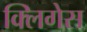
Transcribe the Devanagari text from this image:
क्लिगेस